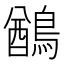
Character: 𪃬